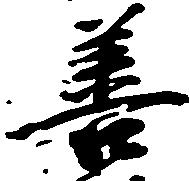
善